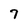
Character: 7